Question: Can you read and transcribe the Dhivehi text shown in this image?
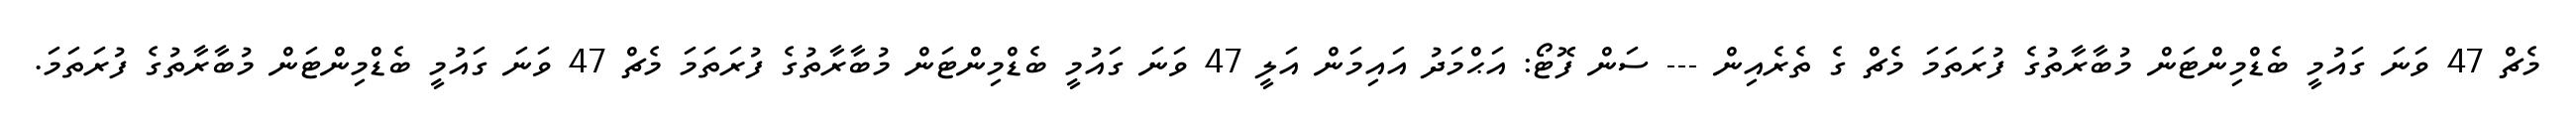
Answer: މެޗް 47 ވަނަ ގައުމީ ބެޑްމިންޓަން މުބާރާތުގެ ފުރަތަމަ މެޗް ގެ ތެރެއިން --- ސަން ފޮޓޯ: އަޙްމަދު އައިމަން އަލީ 47 ވަނަ ގައުމީ ބެޑްމިންޓަން މުބާރާތުގެ ފުރަތަމަ މެޗް 47 ވަނަ ގައުމީ ބެޑްމިންޓަން މުބާރާތުގެ ފުރަތަމަ.